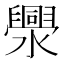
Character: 𱩫